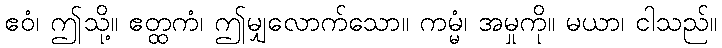
ဧဝံ၊ ဤသို့။ ဧတ္ထကံ၊ ဤမျှလောက်သော။ ကမ္မံ၊ အမှုကို။ မယာ၊ ငါသည်။